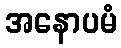
အနောပမံ